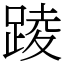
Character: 踜